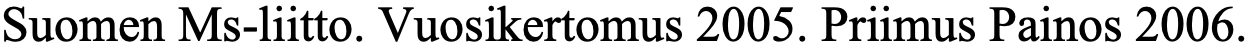
Suomen Ms-liitto. Vuosikertomus 2005. Priimus Painos 2006.